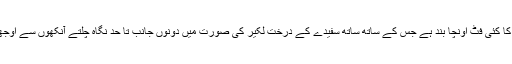
ان کے پار مٹی کا کئی فٹ اونچا بند ہے جس کے ساتھ ساتھ سفیدے کے درخت لکیر کی صورت میں دونوں جانب تا حدِ نگاہ چلتے آنکھوں سے اوجھل ہو جاتے ہیں۔